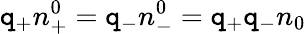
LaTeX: \mathtt{q}_{+}n_{+}^{0}=\mathtt{q}_{-}n_{-}^{0}=\mathtt{q}_{+}\mathtt{q}_{-}n_{0}